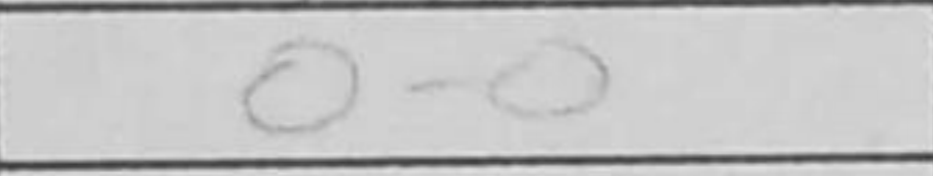
Transcription: O-O